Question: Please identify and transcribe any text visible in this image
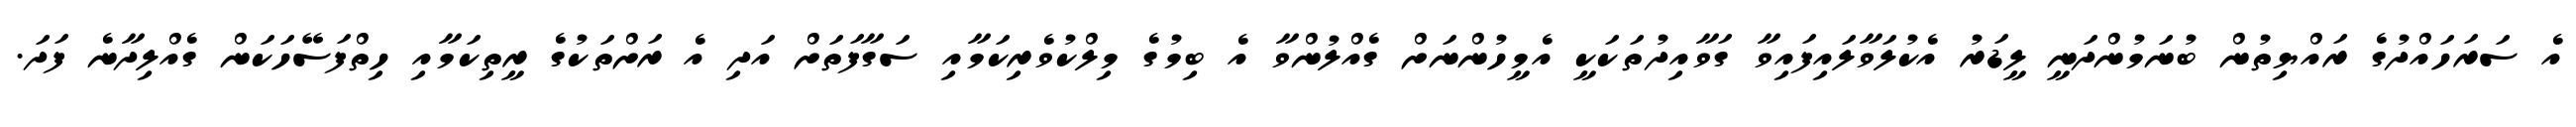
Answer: އެ ސަރަހައްދުގެ ރައްޔިތުން ބުނަމުންދަނީ ލީޑަރު އެކުލަވާލައިފައިވާ ގަވާއިދުތަކަކީ އެމީހުންނަށް ގެއްލުންވާ އެ ބިމުގެ މިލްކުވެރިކަމާއި ސަގާފަތަށް އަދި އެ ރަށްތަކުގެ ރީތިކަމާއި ހިތްފަސޭހަކަން ގެއްލިދާނެ ފަދަ.